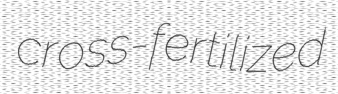
cross-fertilized